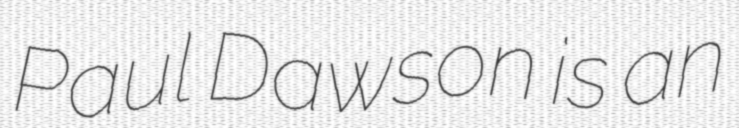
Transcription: Paul Dawson is an